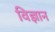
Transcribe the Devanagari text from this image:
विज्ञान